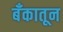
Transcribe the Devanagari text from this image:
बँकातून